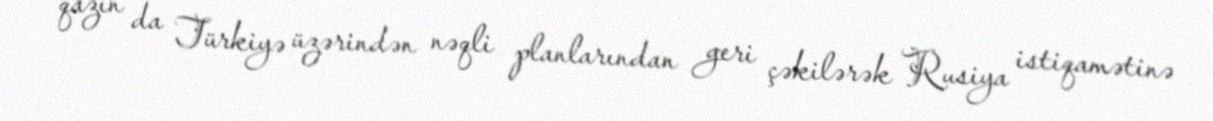
qazın da Türkiyə üzərindən nəqli planlarından geri çəkilərək Rusiya istiqamətinə